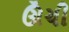
ઊઁચી